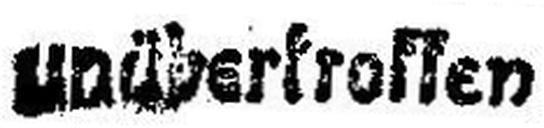
unübertroffen